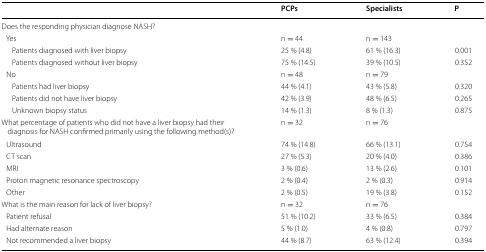
|  | PCPs | Specialists | P |
 | --- | --- | --- | --- |
 | <COLSPAN=4> Does the responding physician diagnose NASH? |
 | Yes | n = 44 | n = 143 |  |
 | Patients diagnosed with liver biopsy | 25 % (4.8) | 61 % (16.3) | 0.001 |
 | Patients diagnosed without liver biopsy | 75 % (14.5) | 39 % (10.5) | 0.352 |
 | No | n = 48 | n = 79 |  |
 | Patients had liver biopsy | 44 % (4.1) | 43 % (5.8) | 0.320 |
 | Patients did not have liver biopsy | 42 % (3.9) | 48 % (6.5) | 0.265 |
 | Unknown biopsy status | 14 % (1.3) | 8 % (1.3) | 0.875 |
 | What percentage of patients who did not have a liver biopsy had their diagnosis for NASH confirmed primarily using the following method(s)? | n = 32 | n = 76 |  |
 | Ultrasound | 74 % (14.8) | 66 % (13.1) | 0.754 |
 | CT scan | 27 % (5.3) | 20 % (4.0) | 0.386 |
 | MRI | 3 % (0.6) | 13 % (2.6) | 0.101 |
 | Proton magnetic resonance spectroscopy | 2 % (0.4) | 2 % (0.3) | 0.914 |
 | Other | 2 % (0.5) | 19 % (3.8) | 0.152 |
 | What is the main reason for lack of liver biopsy? | n = 32 | n = 76 |  |
 | Patient refusal | 51 % (10.2) | 33 % (6.5) | 0.384 |
 | Had alternate reason | 5 % (1.0) | 4 % (0.8) | 0.797 |
 | Not recommended a liver biopsy | 44 % (8.7) | 63 % (12.4) | 0.394 |